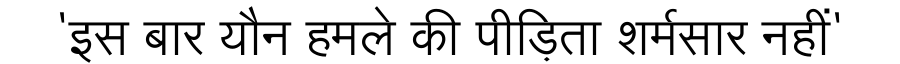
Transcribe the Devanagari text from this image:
'इस बार यौन हमले की पीड़िता शर्मसार नहीं'